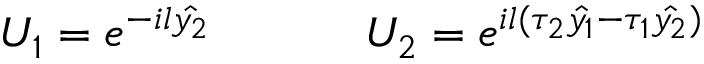
U _ { 1 } = e ^ { - i l \hat { y _ { 2 } } } ~ ~ ~ ~ ~ ~ ~ ~ ~ ~ U _ { 2 } = e ^ { i l ( \tau _ { 2 } \hat { y _ { 1 } } - \tau _ { 1 } \hat { y _ { 2 } } ) }